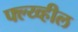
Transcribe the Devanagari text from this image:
फ्ल्य्व्हील